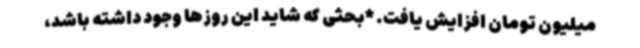
میلیون تومان افزایش یافت. *بحثی که شاید این روزها وجود داشته باشد،